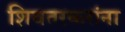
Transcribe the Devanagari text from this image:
शिवतरकरांना